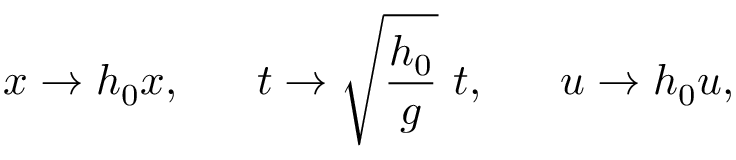
x \rightarrow h _ { 0 } x , ~ ~ ~ ~ ~ t \rightarrow \sqrt { \frac { h _ { 0 } } { g } } ~ t , ~ ~ ~ ~ ~ u \rightarrow h _ { 0 } u ,